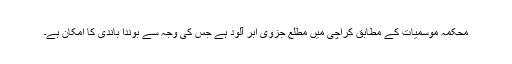
محکمہ موسمیات کے مطابق کراچی میں مطلع جزوی ابر آلود ہے جس کی وجہ سے بوندا باندی کا امکان ہے۔